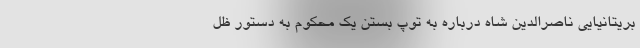
بریتانیایی ناصرالدین شاه درباره به توپ بستن یک محکوم به دستور ظل